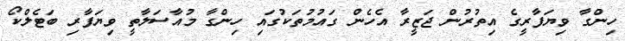
ހިންގާ ވިޔަފާރީގެ އިތުރުން ޖަޒީރާ އެހެން ގައުމުތަކުގައި ހިންގާ މުއާސަލާތީ ވިޔަފާރި ބަޓެލްކޯ